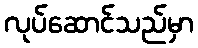
လုပ်ဆောင်သည်မှာ